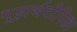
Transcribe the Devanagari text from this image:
गूढ़ार्थदीपिका